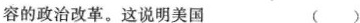
容的政治改革。这说明美国 ( )